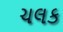
ચલક